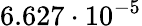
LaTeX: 6.627\cdot 10^{-5}